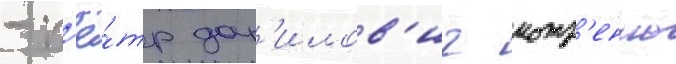
- п'ё́тр дан'илов'ич мотр'енко